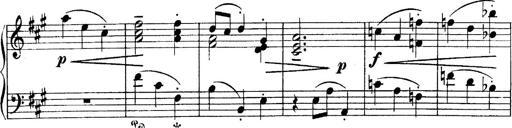
Title: 4 Sonatines
Composer: Max Reger